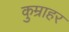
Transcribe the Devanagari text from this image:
कुम्राहर